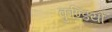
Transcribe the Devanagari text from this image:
कुण्डियों